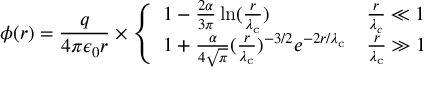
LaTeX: \phi ( r ) = { \frac { q } { 4 \pi \epsilon _ { 0 } r } } \times \left\{ { \begin{array} { l l } { 1 - { \frac { 2 \alpha } { 3 \pi } } \ln ( { \frac { r } { \lambda _ { \mathrm { c } } } } ) } & { { \frac { r } { \lambda _ { c } } } \ll 1 } \\ { 1 + { \frac { \alpha } { 4 { \sqrt { \pi } } } } ( { \frac { r } { \lambda _ { \mathrm { c } } } } ) ^ { - 3 / 2 } e ^ { - 2 r / \lambda _ { \mathrm { c } } } } & { { \frac { r } { \lambda _ { \mathrm { c } } } } \gg 1 } \end{array} } \right.